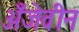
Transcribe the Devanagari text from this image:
अँजेवीन